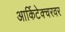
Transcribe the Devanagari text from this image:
आर्किटेक्चरवर